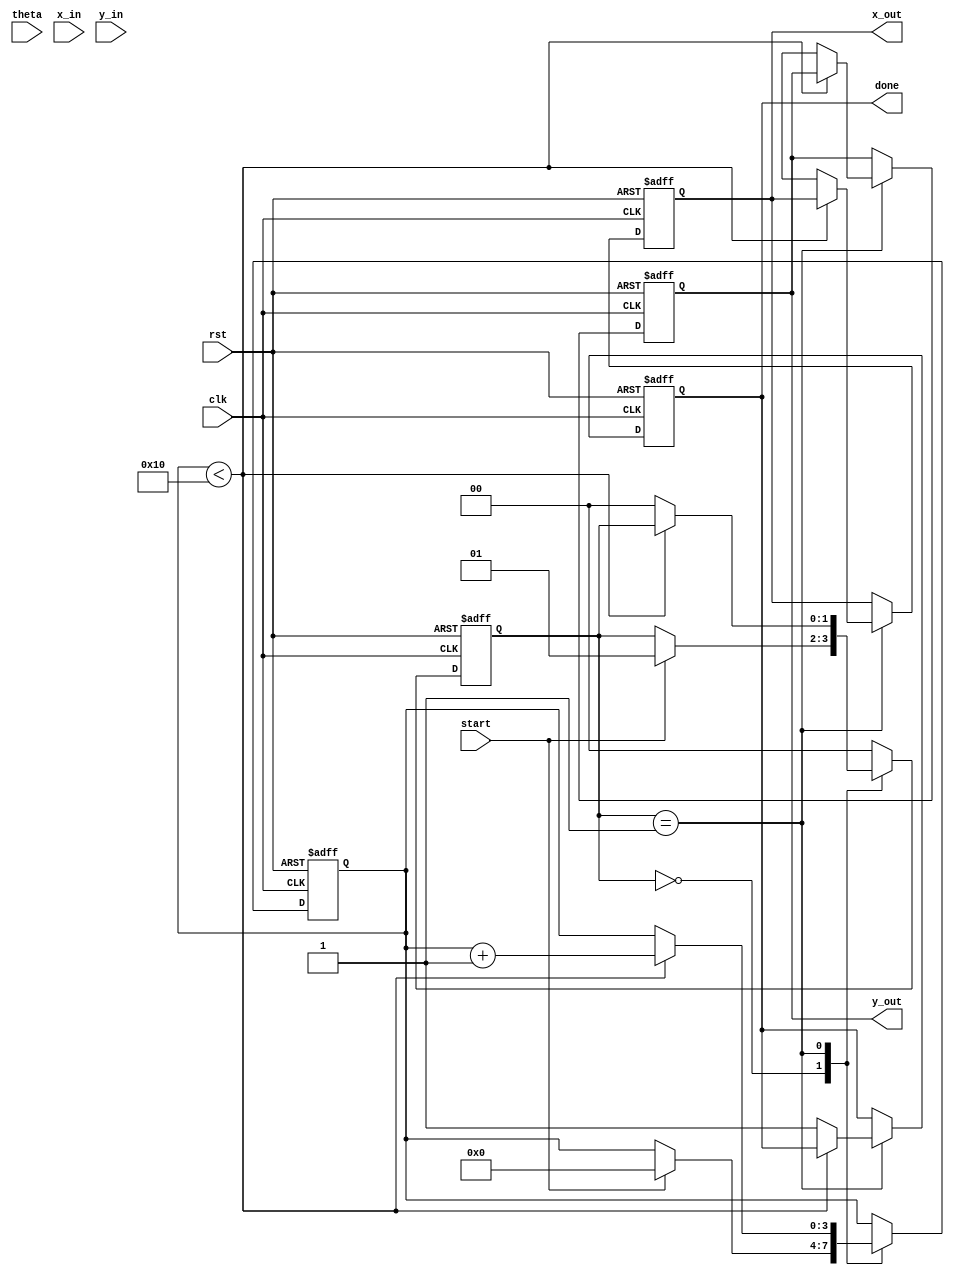
module cordic (
    input wire clk,
    input wire rst,
    input wire start,
    input wire signed [15:0] theta, // Angle input
    input wire signed [15:0] x_in,   // X coordinate input
    input wire signed [15:0] y_in,   // Y coordinate input
    output reg signed [15:0] x_out,   // X output
    output reg signed [15:0] y_out,   // Y output
    output reg done                  // Done signal
);

parameter N = 16; // Number of iterations
parameter [15:0] K = 16'h26DD; // Scaling factor (approx. 0.607)

reg signed [15:0] atan_lut [0:N-1]; // Lookup table for arctan values
reg signed [15:0] x [0:N-1]; // X coordinates
reg signed [15:0] y [0:N-1]; // Y coordinates
reg [3:0] iter; // Iteration counter
reg [1:0] state; // State machine for control

// Initializing the arctan lookup table
initial begin
    atan_lut[0] = 16'h26DD; // atan(1) = 0.785398
    atan_lut[1] = 16'h1DAC; // atan(0.5) = 0.463648
    atan_lut[2] = 16'h0FAE; // atan(0.25) = 0.244978
    atan_lut[3] = 16'h07D0; // atan(0.125) = 0.124389
    // Add more values as needed...
    // Fill the rest of the LUT for the desired precision
end

// State machine
always @(posedge clk or posedge rst) begin
    if (rst) begin
        done <= 0;
        iter <= 0;
        state <= 0;
        x_out <= 0;
        y_out <= 0;
    end else begin
        case(state)
            0: begin // Idle state
                if (start) begin
                    x[0] <= x_in;
                    y[0] <= y_in;
                    iter <= 0;
                    state <= 1; // Move to computation state
                end
            end
            1: begin // Computation state
                if (iter < N) begin
                    // Perform CORDIC rotation
                    if (theta < 0) begin
                        x[iter+1] <= x[iter] + (y[iter] >>> iter);
                        y[iter+1] <= y[iter] - (x[iter] >>> iter);
                        theta <= theta + atan_lut[iter];
                    end else begin
                        x[iter+1] <= x[iter] - (y[iter] >>> iter);
                        y[iter+1] <= y[iter] + (x[iter] >>> iter);
                        theta <= theta - atan_lut[iter];
                    end
                    iter <= iter + 1;
                end else begin
                    // Final output
                    x_out <= x[N];
                    y_out <= y[N];
                    done <= 1;
                    state <= 0; // Go back to idle state
                end
            end
            default: state <= 0; // Default to idle
        endcase
    end
end

endmodule